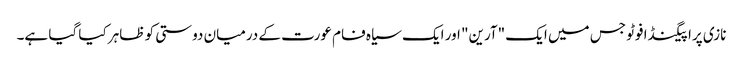
نازی پراپیگنڈا فوٹو جس میں ایک "آرین" اور ایک سیاہ فام عورت کے درمیان دوستی کو ظاہر کیا گیا ہے۔